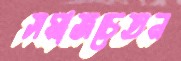
সমাজচেতন